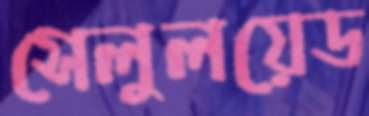
সেলুলয়েড